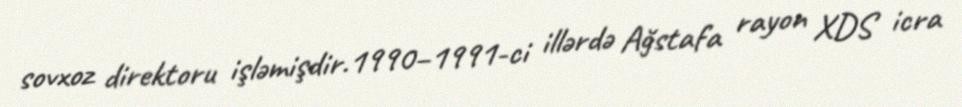
sovxoz direktoru işləmişdir.1990–1991-ci illərdə Ağstafa rayon XDS icra